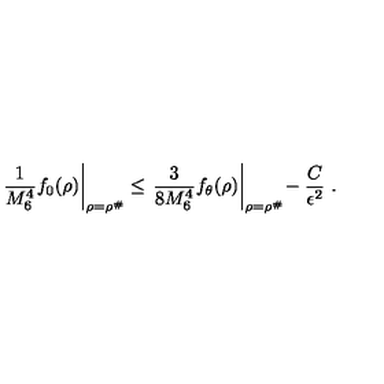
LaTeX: \left. \frac { 1 } { M _ { 6 } ^ { 4 } } f _ { 0 } ( \rho ) \right| _ { \rho = \rho ^ { \# } } \leq \left. \frac { 3 } { 8 M _ { 6 } ^ { 4 } } f _ { \theta } ( \rho ) \right| _ { \rho = \rho ^ { \# } } \! - \frac { C } { \epsilon ^ { 2 } } \ .